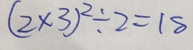
( 2 \times 3 ) ^ { 2 } \div 2 = 1 8